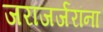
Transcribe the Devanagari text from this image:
जराजर्जरांना